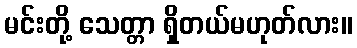
မင်းတို့ သေတ္တာ ရှိတယ်မဟုတ်လား။